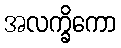
အလက္ခိကော